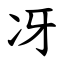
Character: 冴